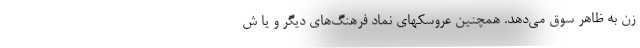
زن به ظاهر سوق می‌دهد. همچنین عروسکهای نماد فرهنگ‌های دیگر و یا ش